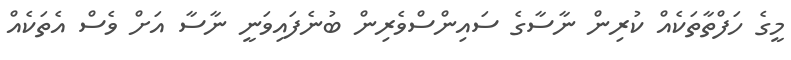
މީގެ ހަފްތާތަކެއް ކުރިން ނާސާގެ ސައިންސްވެރިން ބުނެފައިވަނީ ނާސާ އަށް ވެސް އެތަކެއް